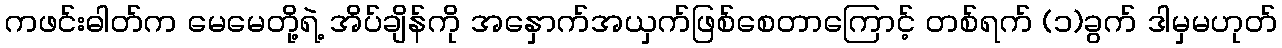
ကဖင်းဓါတ်က မေမေတို့ရဲ့ အိပ်ချိန်ကို အနှောက်အယှက်ဖြစ်စေတာကြောင့် တစ်ရက် (၁)ခွက် ဒါမှမဟုတ်